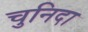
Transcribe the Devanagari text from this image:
चुनिदा